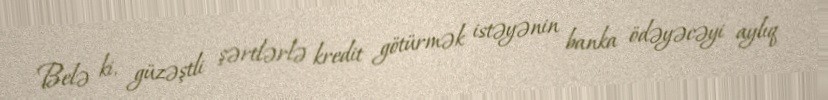
Belə ki, güzəştli şərtlərlə kredit götürmək istəyənin banka ödəyəcəyi aylıq